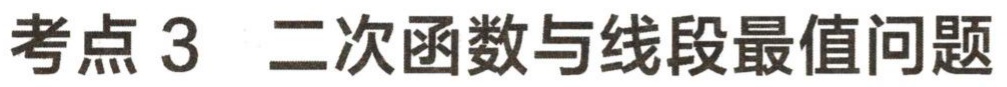
考点 3  二次函数与线段最值问题